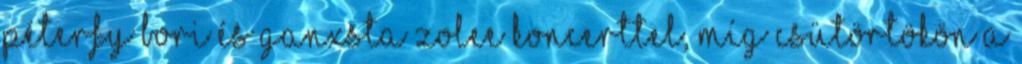
Péterfy Bori és Ganxsta Zolee koncerttel, míg csütörtökön a